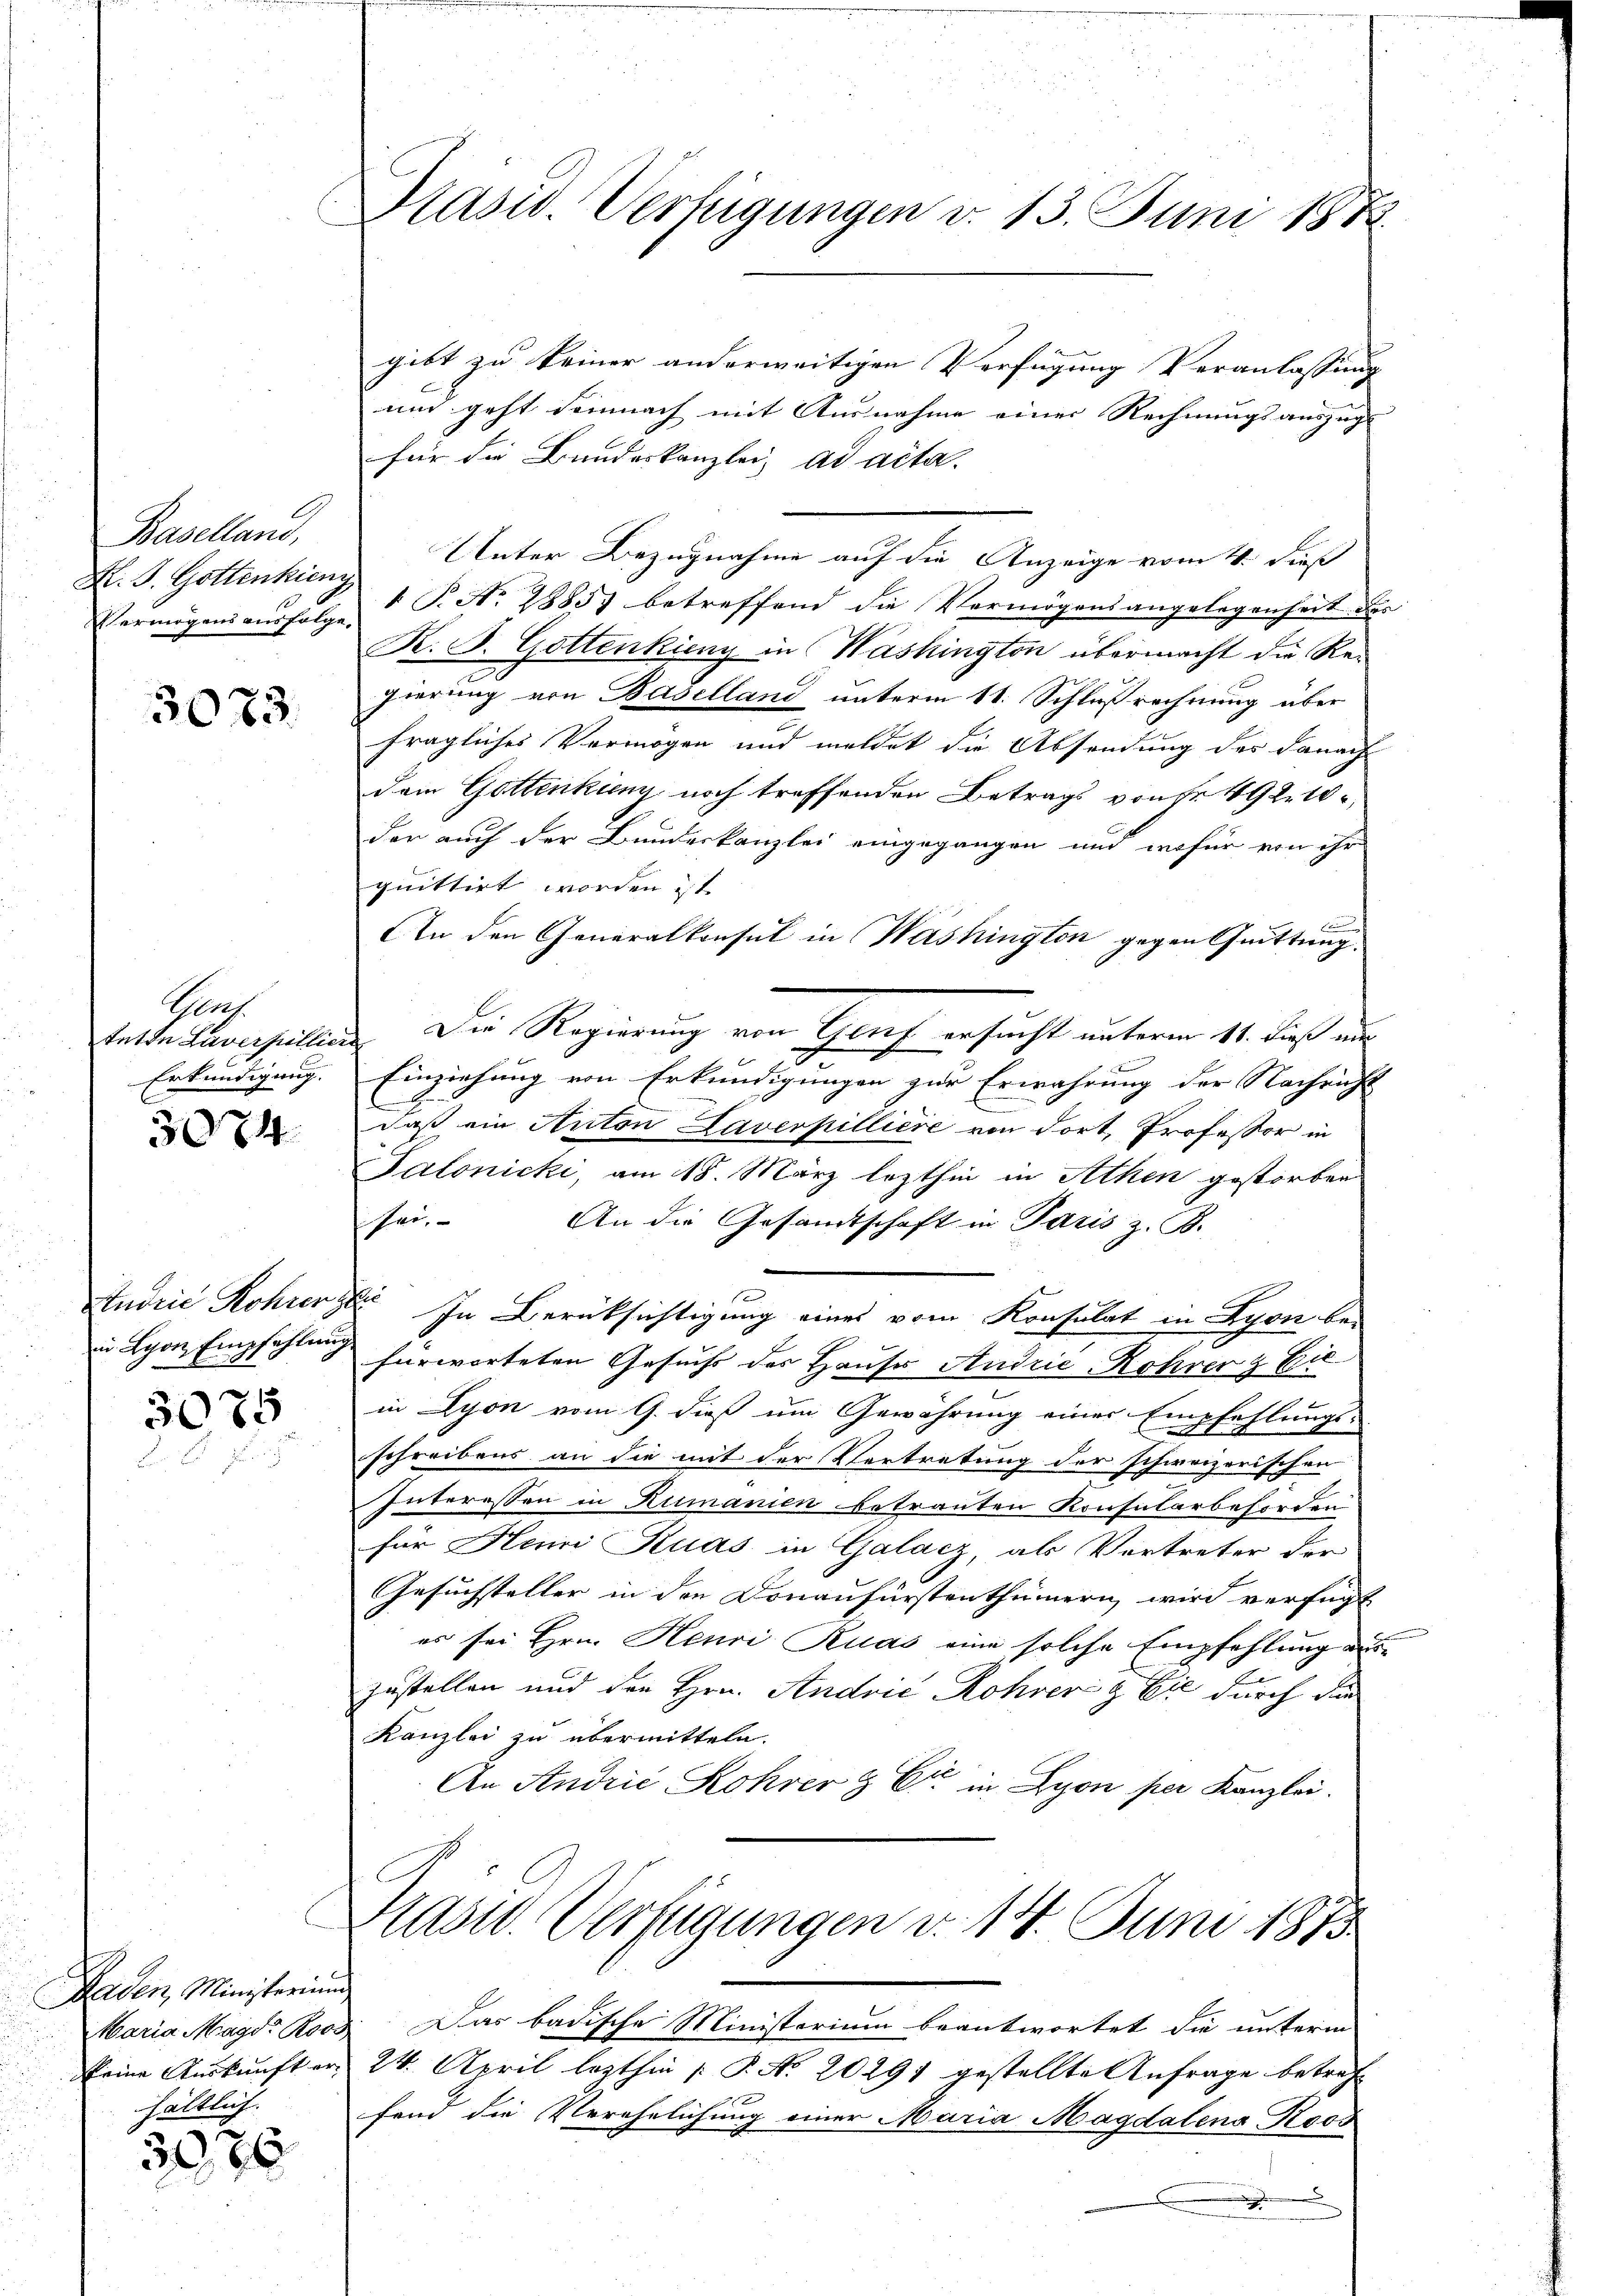
C

Baselland,
K. J. Gottenkicny

3073.

Schlach

3074.

3075

Baden, Ministerium
hältlich.

5086

Präsid. Verfügungen d. 13. Juni 1882.

gibt zu keiner anderweitigen Verfügung Veranlassung |
und geht demnach mit Ausnahme einer Rechnungsauszug
für die Bundeskanzlei, ad acta.
Unter Bezugnahme auf die Anzeige vom 4. dieß
Vermögens ausfolge P. N. 28857 betreffend die Vermögensangelegenheit die
R. P. Gottenkieny in Washington übermacht die Regierung von Baselland unterm 11. Schlußrechnung über
fragliches Vermögen und meldet die Absendung des Danach
dem Gottenkung noch treffenden Betrags von Fr. 492. 10
der auch der Bundeskanzlei eingegangen und wofür von ihr
quittirt worden ist.
u
An den Generalkonsul in Washington gegen Quittung
tette Laverpillier. Die Regierung von Genf ersucht unterm 11. dieß au

Erkundigung. Einziehung von Erkundigungen zur Erwährung der Nachricht
l
daß ein Anton Laverpilliere von dort, Professor in
Salonicki, am 18. März lezthin in Athen gestorben
sei.
An die Gesandtschaft in Paris z. B.
Andrie Rohrer In Berücksichtigung eines vom Konsulat in Lyon bein Lyon Empfehlung fürworteten Gesuchs des Hauses Andrie-Rohrer & Eic
in Lyon vom 9. dieß um Gewährung einer Empfehlungs-
schreibens an die mit der Vertretung der schweizerischen
Interessen in Rumanien betrauten Konsularbeförden
für Henni Kuas in Galacz, als Vortreter der
Gesuchsteller in den Donaufürstenthümern wird verfügt
er sei Hrn. Henri Ruas eine solche Empfehlung a
zustellen und den Hrn. Andrić Rohrer & Cie durch die
Kanzlei zu übermitteln.
An Andrić Rohrer & Cie in Lyon per Kanzlei.

Kasid. Verfügungen d. 14. Juni 1875

Maria Magd. Roos. Das badische Ministerium beantwortet die unterm
keine Auskunft er 24. April lezthin |: P. No. 20291 gestellte Anfrage betreff
fand die Verehelichung einer Maria Magdalena Roos
di